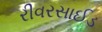
રીવરસાઈડ